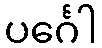
ပင်္ဂေါ